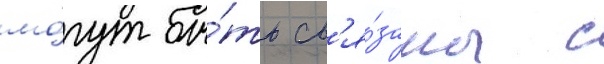
мо́гут бы́ть св'я́заны с